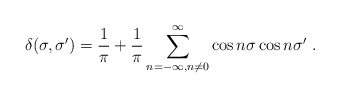
\begin{align*}\delta (\sigma,\sigma')=\frac{1}{\pi}+\frac{1}{\pi}\sum_{n=-\infty, n\neq 0}^{\infty} \cos n \sigma \cos n \sigma' \ .\end{align*}